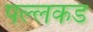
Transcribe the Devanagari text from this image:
पल्लकड